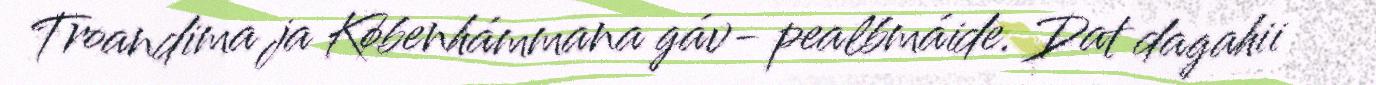
Troandima ja Københámmana gáv- pealbmáide. Dat dagahii